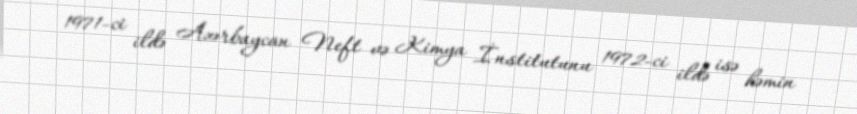
1971-ci ildə Azərbaycan Neft və Kimya İnstitutunu 1972-ci ildə isə həmin